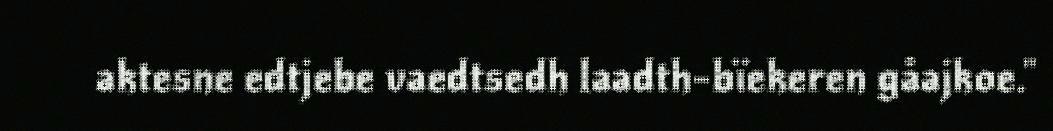
aktesne edtjebe vaedtsedh laadth-bïekeren gåajkoe."